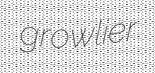
growlier